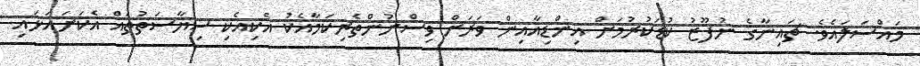
މައްސަލައެވެ. ޗައިނާގެ ނުފޫޒު ކުޑަކުރުމަށް އިންޑިއާއިން ވަރަށް ވިސްނުންތެރިކަމާއެކު އެކިއެކި ސިޔާސަތުތައް އެކަށައަޅައި